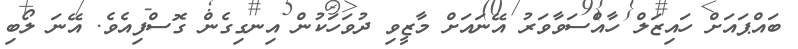
ބައްޕައަށް ހައިޒަލް ހާއްސަވާވަރު އޭނައަށް މާޒީވި ދުވަހަކުން އިނގިގެން ގޮސްފިއެވެ. އޭނަ ލޯބި